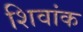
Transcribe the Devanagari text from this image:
शिवांक